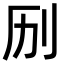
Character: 𫥳